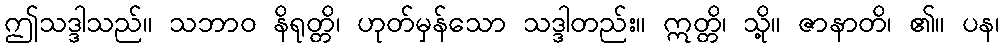
ဤသဒ္ဒါသည်။ သဘာဝ နိရုတ္တိ၊ ဟုတ်မှန်သော သဒ္ဒါတည်း။ ဣတ္တိ၊ သို့။ ဇာနာတိ၊ ၏။ ပန၊